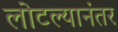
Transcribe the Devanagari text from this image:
लोटल्‍यानंतर